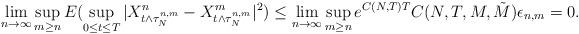
LaTeX: \begin{align*}\lim_{n\to \infty} \sup_{m\geq n}E(\sup_{0\leq t\leq T}| X^{n}_{t\wedge \tau_N^{n,m}}- X^{m}_{t\wedge \tau_N^{n,m}} |^2)\leq \lim_{n\to \infty} \sup_{m\geq n} e^{C(N,T)T}C(N,T,M,\tilde M) \epsilon_{n,m}= 0.\end{align*}